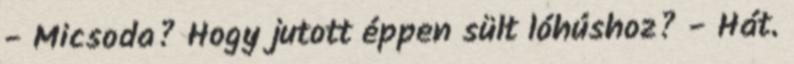
- Micsoda? Hogy jutott éppen sült lóhúshoz? - Hát.